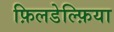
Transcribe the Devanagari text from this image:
फ़िलडेल्फ़िया